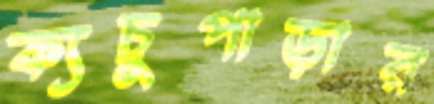
ক্যচুপাড়ার